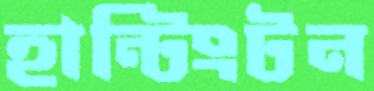
হান্টিংটন